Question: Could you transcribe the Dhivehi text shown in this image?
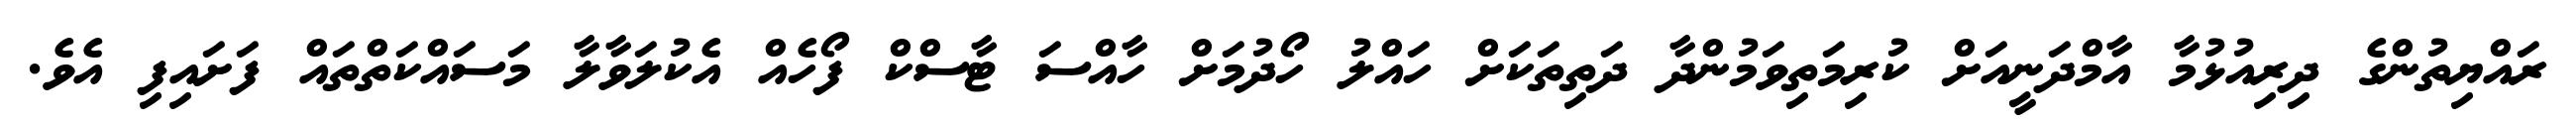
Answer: ރައްޔިތުންގެ ދިރިއުޅުމާ އާމްދަނީއަށް ކުރިމަތިވަމުންދާ ދަތިތަކަށް ހައްލު ހޯދުމަށް ހާއްސަ ޓާސްކް ފޯހެއް އެކުލަވާލާ މަސައްކަތްތައް ފަށައިފި އެވެ.